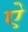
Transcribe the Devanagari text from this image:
एे